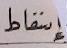
إسقاط